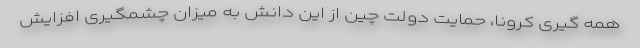
همه گیری کرونا، حمایت دولت چین از این دانش به میزان چشمگیری افزایش